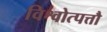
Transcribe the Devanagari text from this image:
विश्वोत्पत्तौ